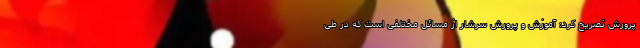
پرورش تصریح کرد: آموزش و پرورش سرشار از مسائل مختلفی است که در طی